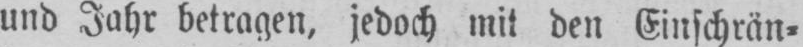
und Jahr betragen, jedoch mit den Einschrän⸗